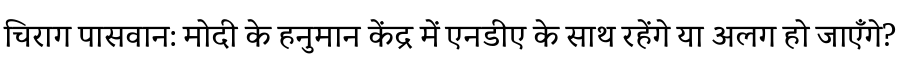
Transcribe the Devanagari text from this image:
चिराग पासवान: मोदी के हनुमान केंद्र में एनडीए के साथ रहेंगे या अलग हो जाएँगे?